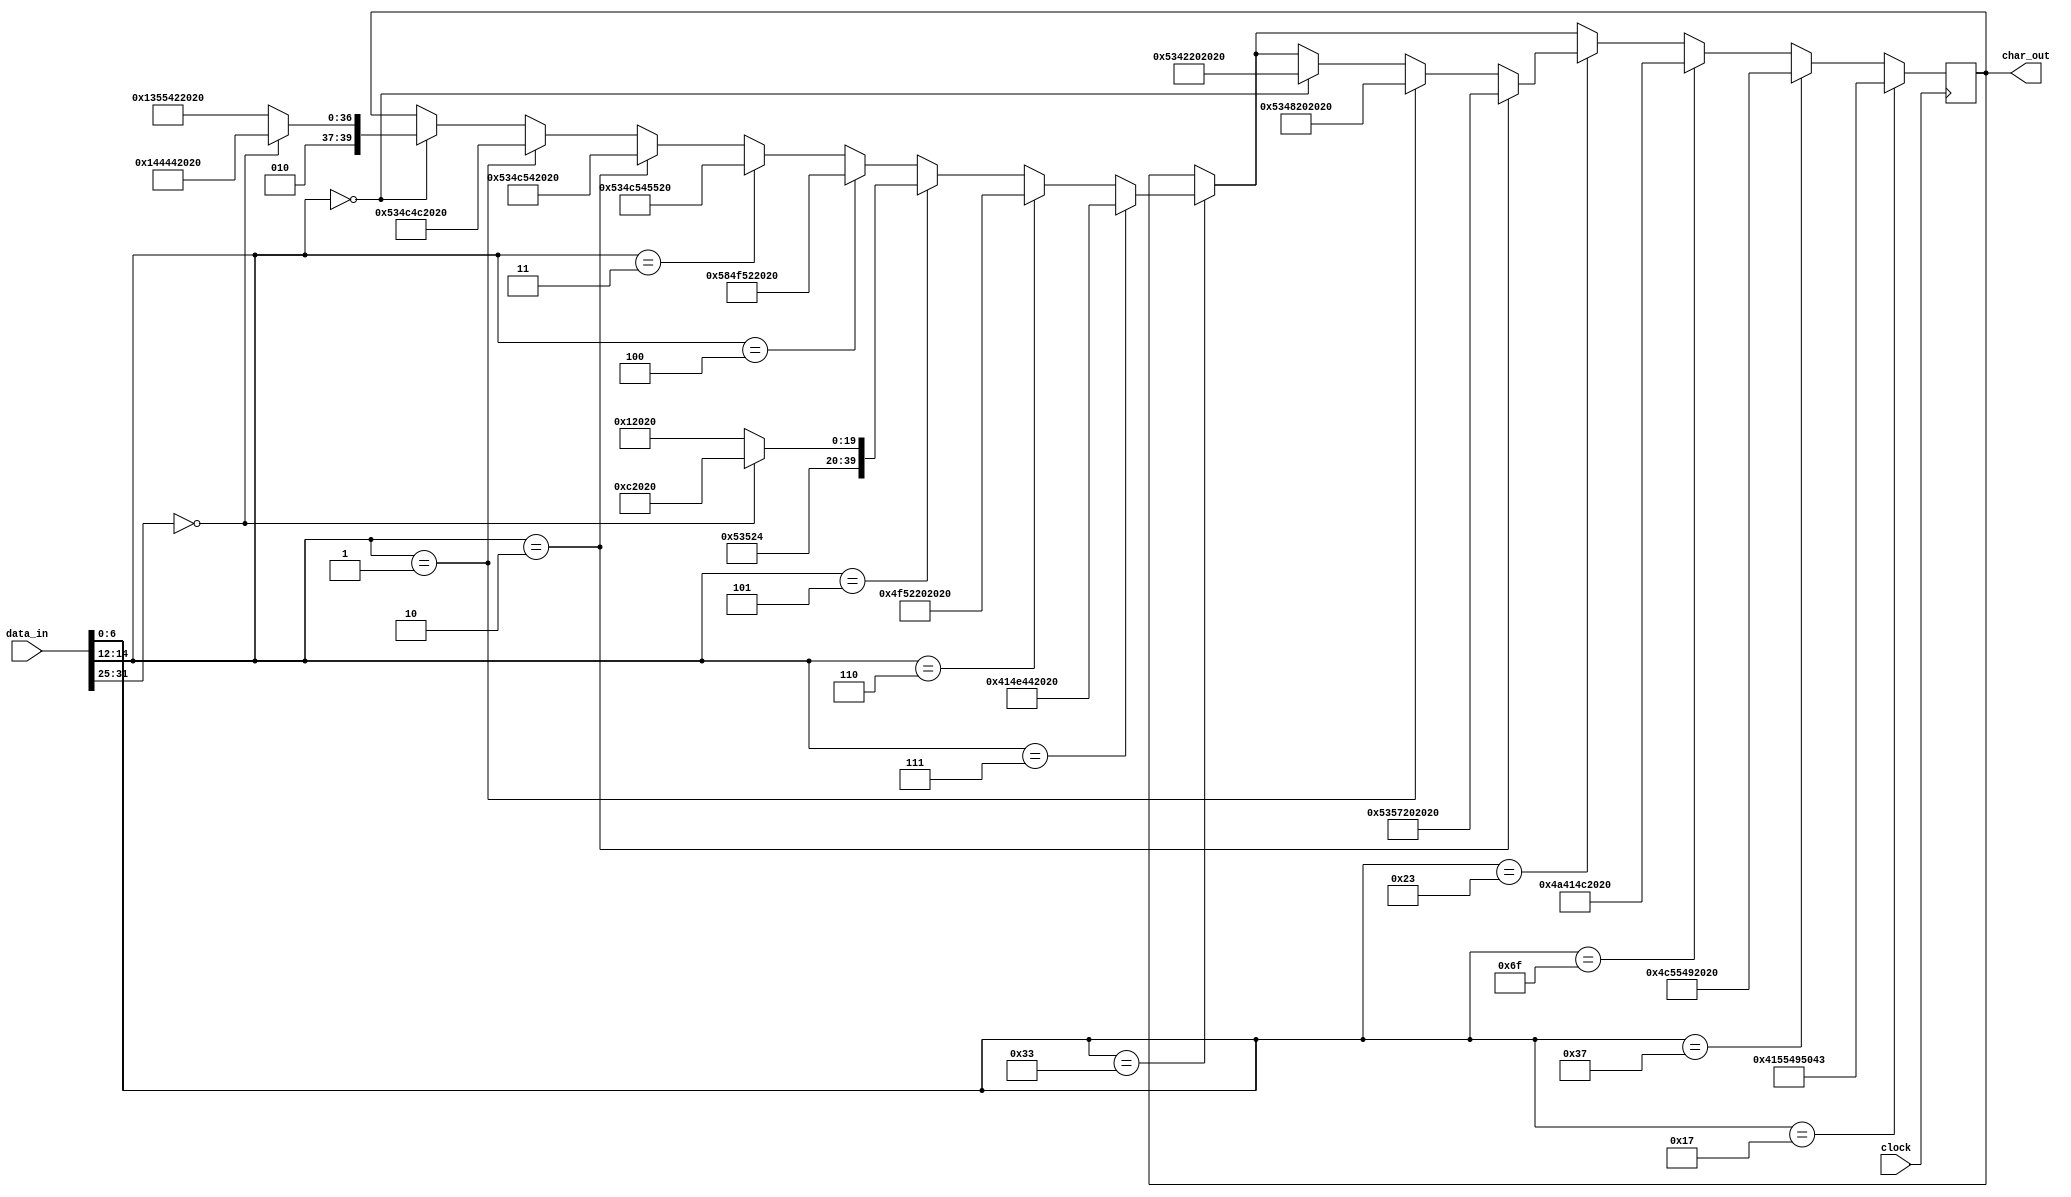
module instruction_decode_rsju ( 
	input wire [31:0] data_in,
	input wire clock,
	
	output reg [39:0] char_out
);
	
	always @ (posedge clock) begin
				
		if (data_in[6:0] == 7'b0110011) begin
			//R-TYPE
			if (data_in[14:12] == 3'h0) begin
				//add or sub
				if (data_in[31:25] == 7'h00) begin
					//add
					char_out = "ADD  ";
				end
				else begin
					//sub
					char_out = "SUB  ";
				end
			end
			if (data_in[14:12] == 3'h1) begin
				//shift left logical
				char_out = "SLL  ";
			end
			if (data_in[14:12] == 3'h2) begin
				//set less than
				char_out = "SLT  ";
			end
			if (data_in[14:12] == 3'h3) begin
				//set less than u
				char_out = "SLTU ";
			end
			if (data_in[14:12] == 3'h4) begin
				//xor 
				char_out = "XOR  ";
			end
			if (data_in[14:12] == 3'h5) begin
				//shift right (log or arth)
				if (data_in[31:25] == 7'h00) begin
					//shift right logical
					char_out = "SRL  ";
				end
				else begin
					//shift right arith
					char_out = "SRA  ";
				end
			end
			if (data_in[14:12] == 3'h6) begin
				//or 
				char_out = "OR   ";
			end
			if (data_in[14:12] == 3'h7) begin
				//and
				char_out = "AND  ";
			end
		end
		if (data_in[6:0] == 7'b0100011) begin
			//S-TYPE
			if (data_in[14:12] == 3'h0) begin
				//store byte
				char_out = "SB   ";
			end
			if (data_in[14:12] == 3'h1) begin
				//store half
				char_out = "SH   ";
			end
			if (data_in[14:12] == 3'h2) begin
				//store word
				char_out = "SW   ";
			end
		end
		if (data_in[6:0] == 7'b1101111) begin
			//J-TYPE
			//jump and link
			char_out = "JAL  ";
		end
		if (data_in[6:0] == 7'b0110111) begin
			//U-TYPE
			//load upper imm
			char_out = "LUI  ";
		end
		if (data_in[6:0] == 7'b0010111) begin
			//U-TYPE
			//add upper imm to pc
			char_out = "AUIPC";
		end
	end	
	

endmodule